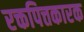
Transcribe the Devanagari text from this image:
रक्तपित्तकारक